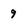
Character: 9